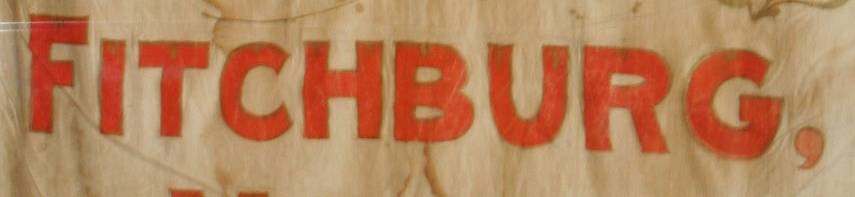
FITCHBURG,